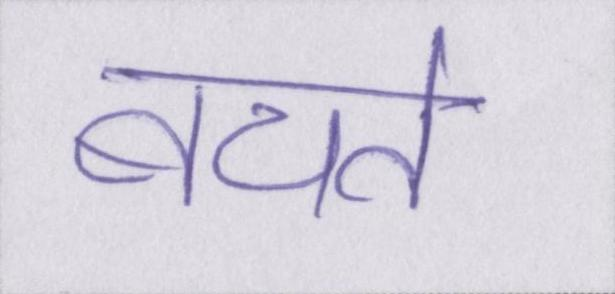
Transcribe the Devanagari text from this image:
बचते